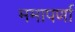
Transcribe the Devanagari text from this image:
ममापर्णा